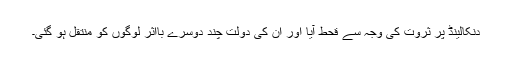
دنکالینڈ پر ثروت کی وجہ سے قحط آیا اور ان کی دولت چند دوسرے بااثر لوگوں کو منتقل ہو گئی۔